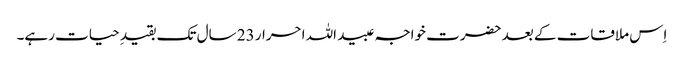
اِس ملاقات کے بعد حضرت خواجہ عبید اللہ احرار 23 سال تک بقیدِ حیات رہے۔